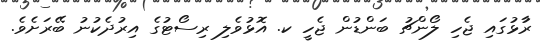
ރާުޅުގައި ޖެހި ލޯންޗު ބަންޑުން ޖެހީ ކ. އޮޅުވެލި ރިސޯޓުގެ އިރުދެކުނު ބޭރަށެވެ.